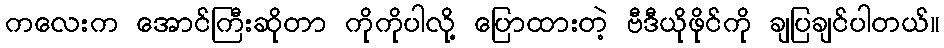
ကလေးက အောင်ကြီးဆိုတာ ကိုကိုပါလို့ ပြောထားတဲ့ ဗီဒီယိုဖိုင်ကို ချပြချင်ပါတယ်။